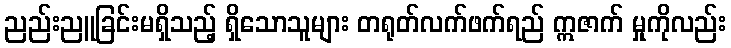
ညည်းညူခြင်းမရှိသည့် ရှိသောသူများ တရုတ်လက်ဖက်ရည် ဣဇာက် မှုကိုလည်း